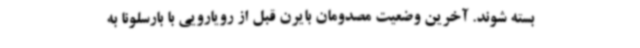
بسته شوند. آخرین وضعیت مصدومان بایرن قبل از رویارویی با بارسلونا به